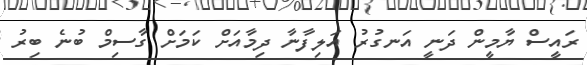
ރައީސް ޔާމީން ދަނީ އަނގުރު އަލިފާނާ ދިމާއަށް ކަމަށް ގާސިމް ބުނެ ބިރު